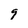
Character: 9